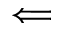
\Longleftarrow